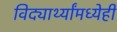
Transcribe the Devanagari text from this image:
विद्यार्थ्यांमध्येही